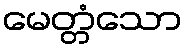
မေတ္တံသော